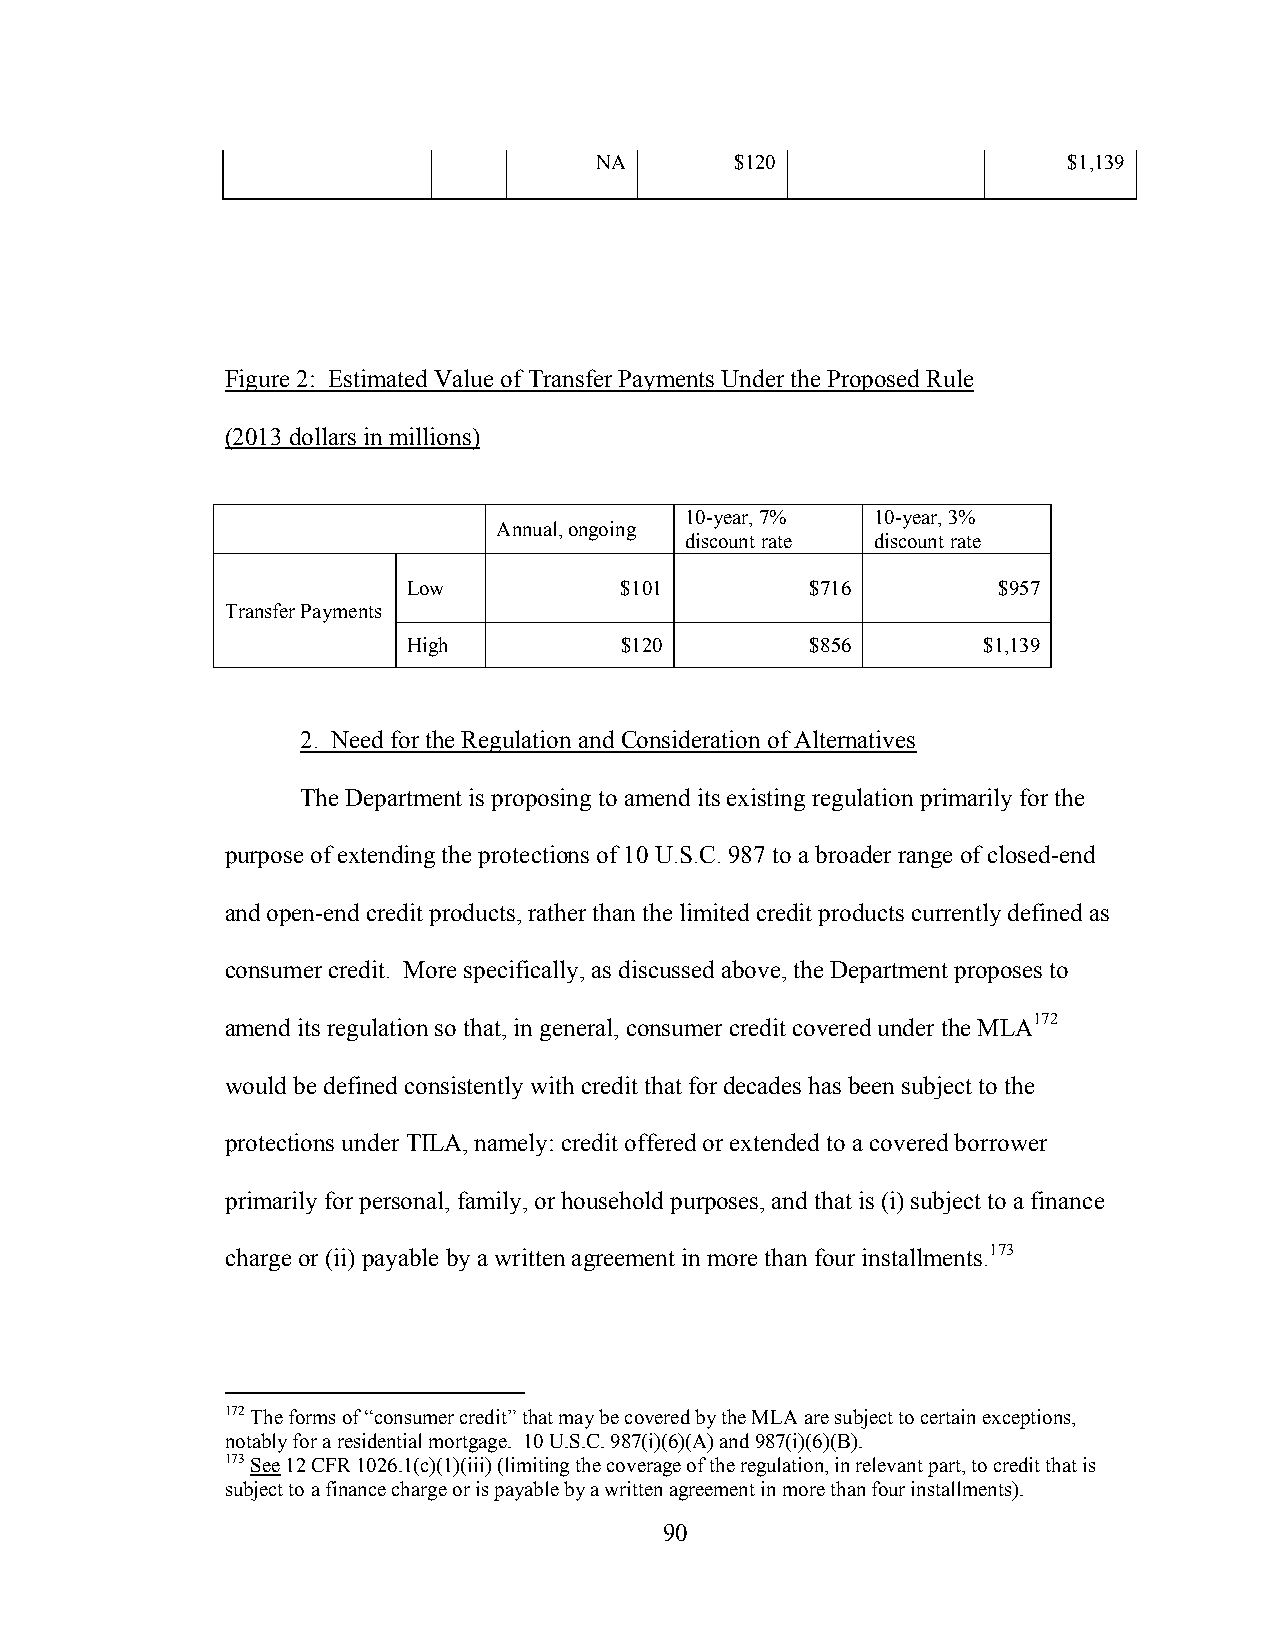
NA        $120                  $1,139
 Figure 2: Estimated Value of Transfer Payments Under the Proposed Rule
 (2013 dollars in millions)
 10-year, 7%  10-year, 3%
 Annual, ongoing
 discount rate discount rate
 Low           $101         $716        $957
 Transfer Payments
 High          $120         $856       $1,139
 2. Need for the Regulation and Consideration of Alternatives
 The Department is proposing to amend its existing regulation primarily for the
 purpose of extending the protections of 10 U.S.C. 987 to a broader range of closed-end
 and open-end credit products, rather than the limited credit products currently defined as
 consumer credit. More specifically, as discussed above, the Department proposes to
 amend its regulation so that, in general, consumer credit covered under the MLA172
 would be defined consistently with credit that for decades has been subject to the
 protections under TILA, namely: credit offered or extended to a covered borrower
 primarily for personal, family, or household purposes, and that is (i) subject to a finance
 charge or (ii) payable by a written agreement in more than four installments.173
 172 The forms of “consumer credit” that may be covered by the MLA are subject to certain exceptions,
 notably for a residential mortgage. 10 U.S.C. 987(i)(6)(A) and 987(i)(6)(B).
 173 See 12 CFR 1026.1(c)(1)(iii) (limiting the coverage of the regulation, in relevant part, to credit that is
 subject to a finance charge or is payable by a written agreement in more than four installments).
 90